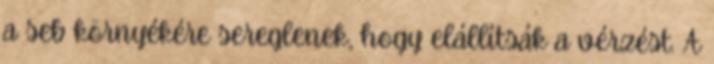
a seb környékére sereglenek, hogy elállítsák a vérzést. A